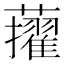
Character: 𧃔